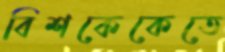
বিশকেকেতে